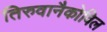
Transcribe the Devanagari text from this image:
तिरुवानैकोविल